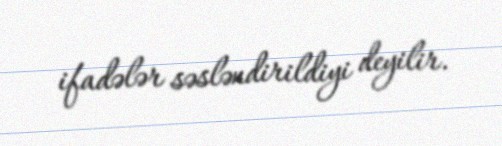
ifadələr səsləndirildiyi deyilir.